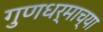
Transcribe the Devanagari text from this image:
गुणधर्माच्या